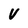
Character: V